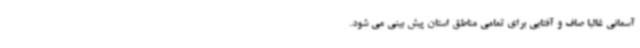
آسمانی غالبا صاف و آفتابی برای تمامی مناطق استان پیش بینی می شود.